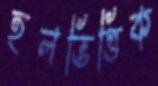
হলভিত্তিক